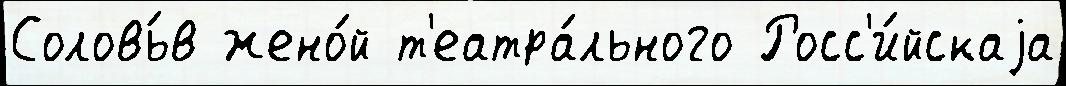
Соловь́в жено́й т'еатра́льного Росс'и́йскаjа